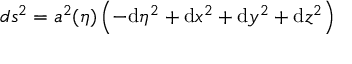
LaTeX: d s ^ { 2 } = a ^ { 2 } ( \eta ) \left( - \mathrm { d } \eta ^ { 2 } + \mathrm { d } x ^ { 2 } + \mathrm { d } y ^ { 2 } + \mathrm { d } z ^ { 2 } \right)